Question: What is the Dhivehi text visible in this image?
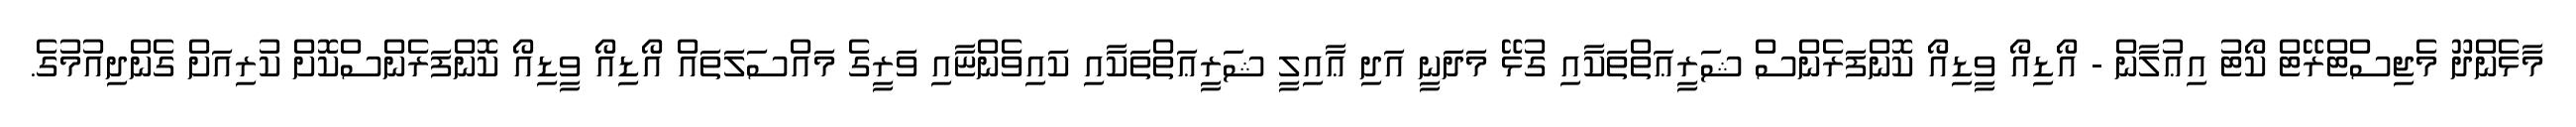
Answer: މާޅެންދޫ މެޖިސްޓްރޭޓް ކޯޓު އިޢުލާން - އޯޑިއޯ ވީޑިއޯ ކޮންފަރެންސް ޝަރީޢަތްތަކާއި ގުޅޭ މަދަނީ އަދި ޢާއިލީ ޝަރީޢަތްތަކާއި ކައިވެންޏާއި ވަރީގެ މައްސަލަތައް އޯޑިއޯ ވީޑިއޯ ކޮންފަރެންސްކޮށް ކުރިއަށް ގެންދިއުމުގެ.